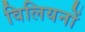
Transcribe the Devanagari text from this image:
विलियनों